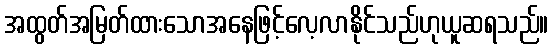
အထွတ်အမြတ်ထားသောအနေဖြင့်လေ့လာနိုင်သည်ဟုယူဆရသည်။